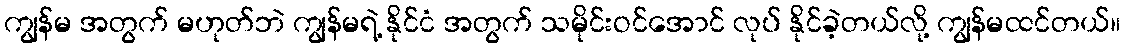
ကျွန်မ အတွက် မဟုတ်ဘဲ ကျွန်မရဲ့ နိုင်ငံ အတွက် သမိုင်းဝင်အောင် လုပ် နိုင်ခဲ့တယ်လို့ ကျွန်မထင်တယ်။